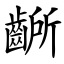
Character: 齭